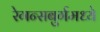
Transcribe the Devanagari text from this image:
रेगन्सबुर्गमध्ये